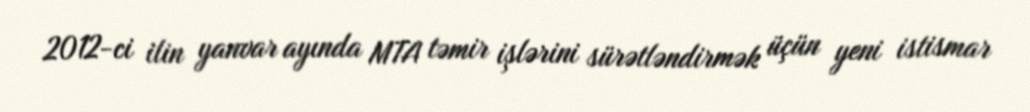
2012-ci ilin yanvar ayında MTA təmir işlərini sürətləndirmək üçün yeni istismar